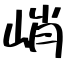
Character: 峭